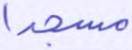
مسجدا